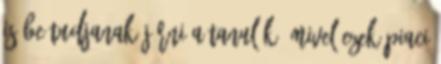
is be tudjanak járni a tanulók. Mivel ezek piaci